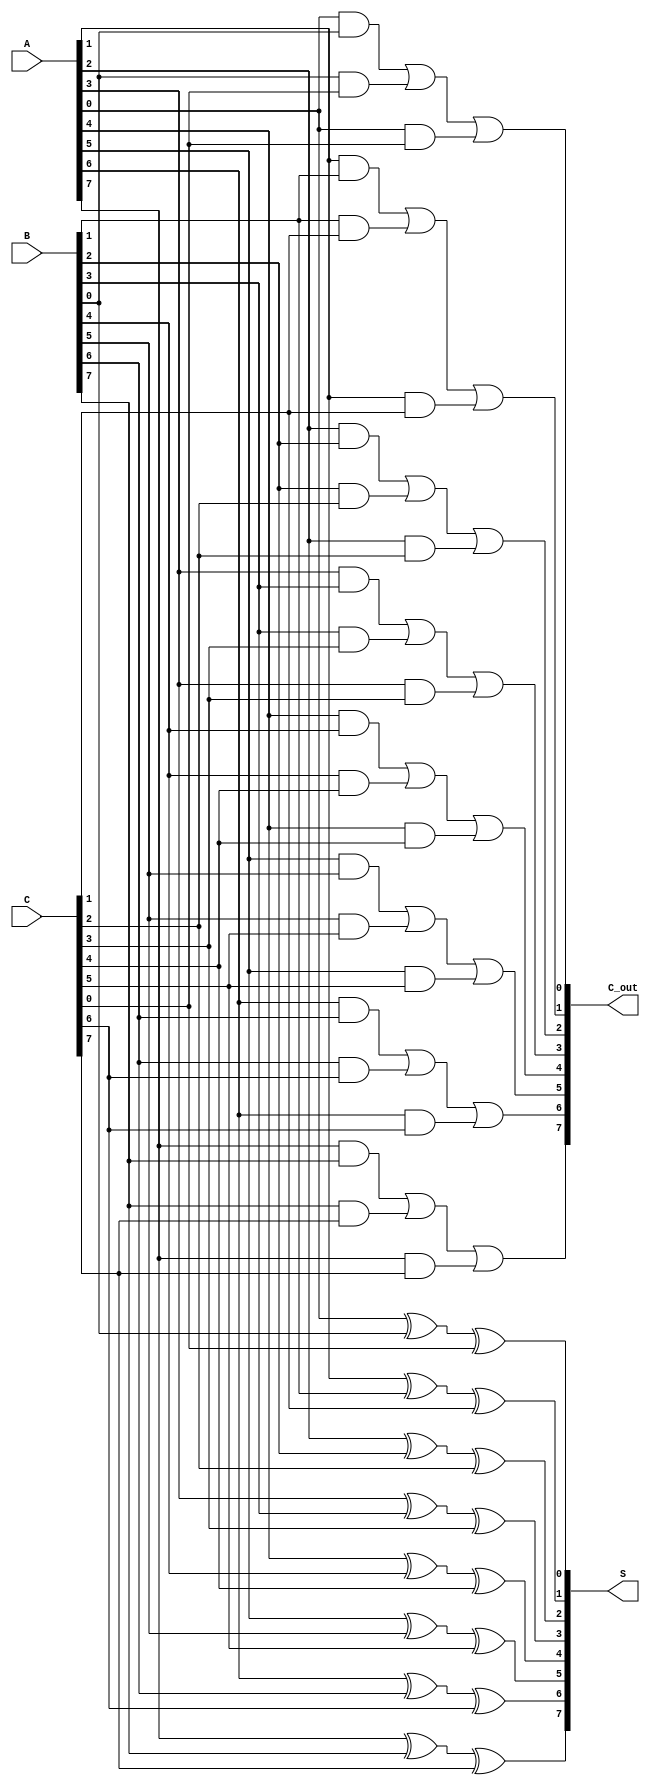
module ModifiedCarrySaveAdder #(parameter N = 8) (
    input  wire [N-1:0] A,  // First input vector
    input  wire [N-1:0] B,  // Second input vector
    input  wire [N-1:0] C,  // Third input vector
    output wire [N-1:0] S,  // Sum output
    output wire [N-1:0] C_out // Carry output
);

    // Intermediate wires for carry and sum
    wire [N-1:0] sum_ab; // Sum of A and B
    wire [N-1:0] carry_ab; // Carry from A and B
    wire [N-1:0] sum_abc; // Final sum with C
    wire [N-1:0] carry_abc; // Final carry with C

    // Calculate partial sums and carries
    genvar i;
    generate
        for (i = 0; i < N; i = i + 1) begin : CSA
            // Sum for A, B, C
            assign S[i] = A[i] ^ B[i] ^ C[i]; // Sum
            // Carry for A, B, C
            assign C_out[i] = (A[i] & B[i]) | (B[i] & C[i]) | (A[i] & C[i]); // Carry
        end
    endgenerate

endmodule